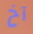
آخ